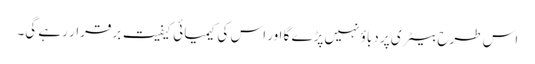
اس طرح بیٹری پر دباؤ نہیں پڑے گا اور اس کی کیمیائی کیفیت برقرار رہے گی۔